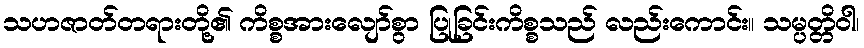
သဟဇာတ်တရားတို့၏ ကိစ္စအားလျော်စွာ ပြုခြင်းကိစ္စသည် လည်းကောင်း။ သမ္ပတ္တိဝါ၊